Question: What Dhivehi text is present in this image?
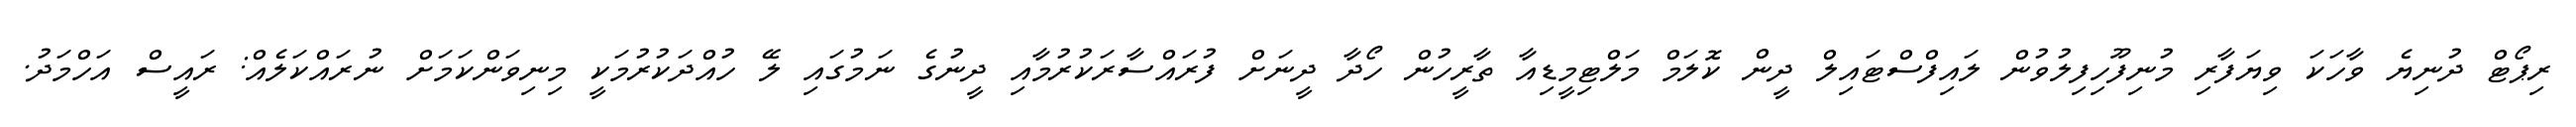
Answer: ރިޕޯޓް ދުނިޔެ ވާހަކަ ވިޔަފާރި މުނިފޫހިފިލުވުން ލައިފްސްޓައިލް ދީން ކޮލަމް މަލްޓިމީޑިއާ ތާރީހުން ހޯދާ ދީނަށް ފުރައްސާރަކުރުމާއި ދީނުގެ ނަމުގައި ލޭ ހުއްދަކުރުމަކީ މިނިވަންކަމަށް ނުރައްކަލެއް: ރައީސް އަހްމަދު.